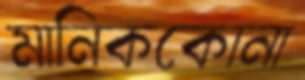
মানিককোনা